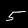
Digit: 5